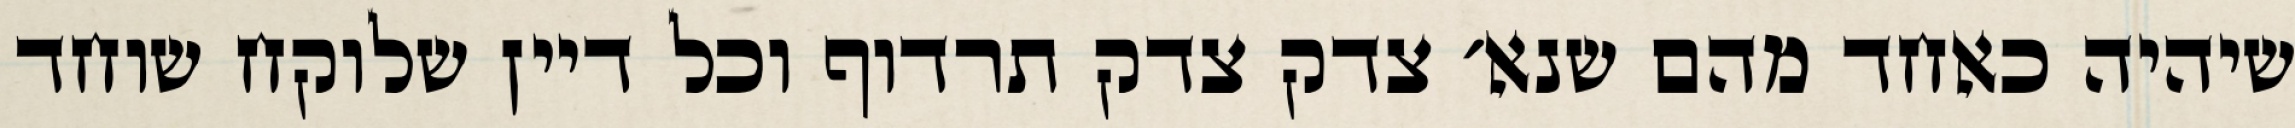
שיהיה כאחד מהם שנא׳ צדק צדק תרדוף וכל דיין שלוקח שוחד